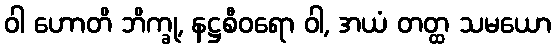
ဝါ ဟောတိ ဘိက္ခု, နဋ္ဌစီဝရော ဝါ, အယံ တတ္ထ သမယော